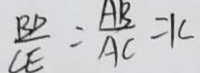
\frac { B D } { C E } = \frac { A B } { A C } = k